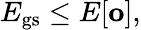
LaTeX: E_{\mathrm{gs}}\leq E[\mathbf{o}],